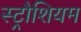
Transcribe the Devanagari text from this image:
स्ट्रौशियम